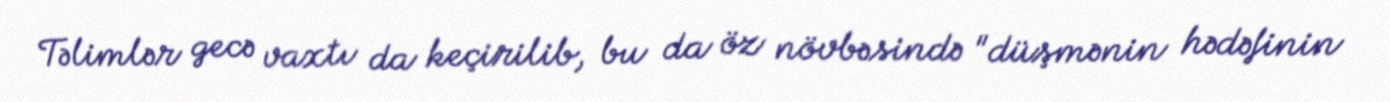
Təlimlər gecə vaxtı da keçirilib, bu da öz növbəsində "düşmənin hədəfinin